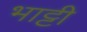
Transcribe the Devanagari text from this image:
भाट्टी